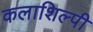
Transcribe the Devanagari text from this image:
कलाशिल्पी